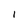
Character: I